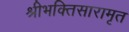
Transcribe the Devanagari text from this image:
श्रीभक्तिसारामृत